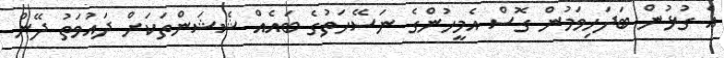
އެ ގުޅުން ބަދަހިވަމުން ގޮސް އެމީހުންގެ ނަސޭހަތުގެ ބައެއް ޝެޝަންތަކަށް ދައުވަތު ދޭން